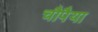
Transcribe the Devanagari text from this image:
चौपैया